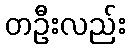
တဦးလည်း